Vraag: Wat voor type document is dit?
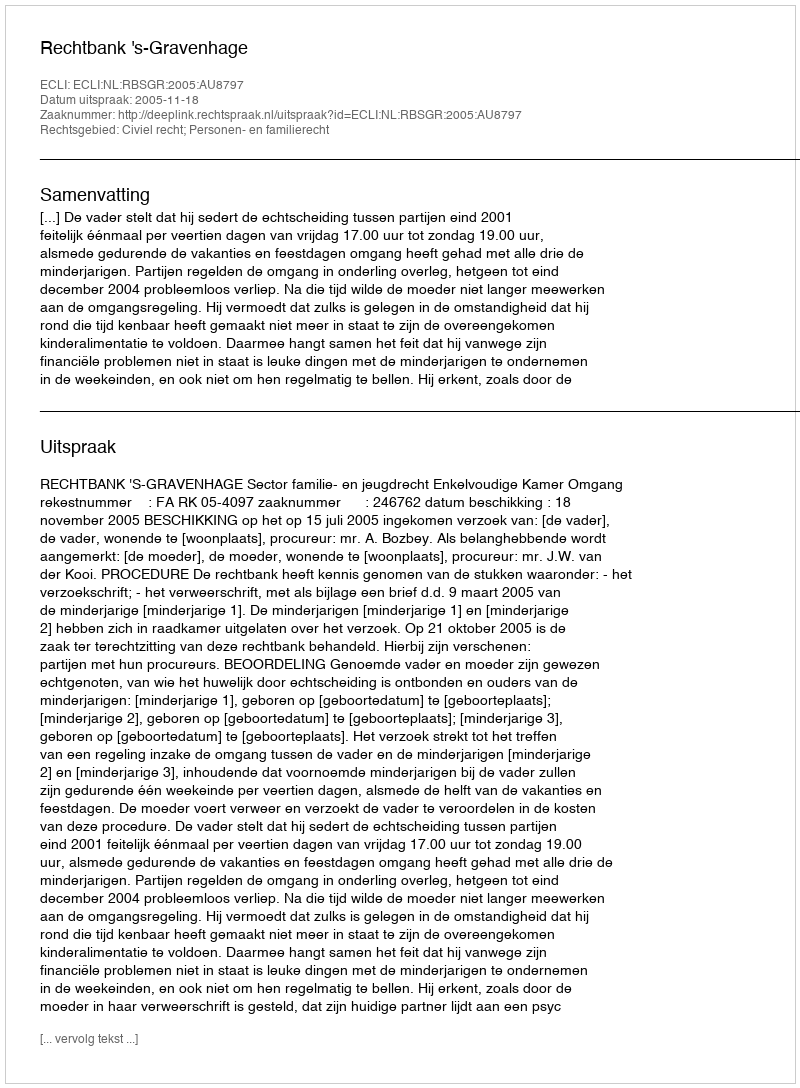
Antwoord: Uitspraak